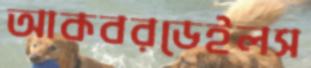
আকবরডেইলস